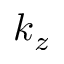
k _ { z }